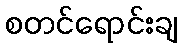
စတင်ရောင်းချ